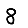
Digit: 8